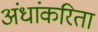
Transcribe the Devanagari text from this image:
अंधांकरिता